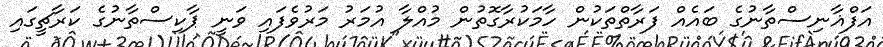
އަފްޣާނިސްތާނުގެ ބައެއް ފަރާތްތަކުން ހާމަކުރާގޮތުން މުއްލާ އުމަރު މަރުވެފައި ވަނީ ޕާކިސްތާނުގެ ކަރާޗީގައި